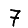
Digit: 7